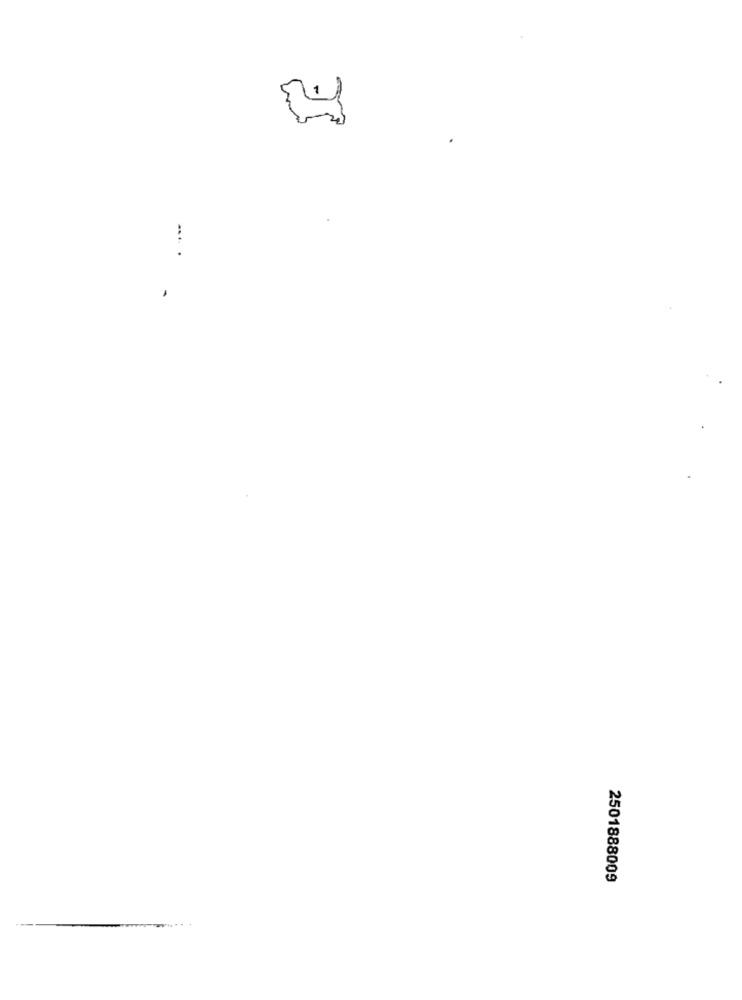
....
2501888009